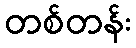
တစ်တန်း